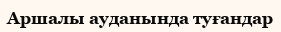
Аршалы ауданында туғандар